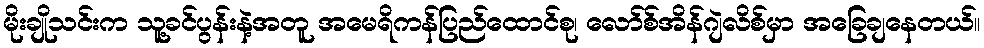
မိုးချိုသင်းက သူ့ခင်ပွန်းနဲ့အတူ အမေရိကန်ပြည်ထောင်စု၊ လော်စ်အိန်ဂျဲလိစ်မှာ အခြေချနေတယ်။